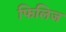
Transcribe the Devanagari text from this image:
फिलिज